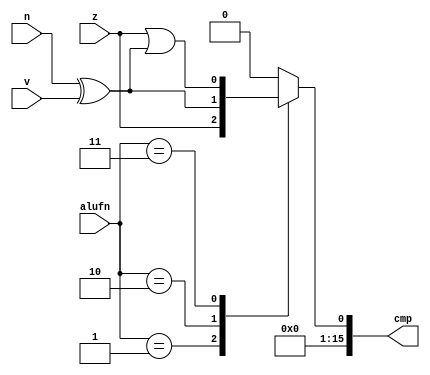
/*
   This file was generated automatically by the Mojo IDE version B1.3.6.
   Do not edit this file directly. Instead edit the original Lucid source.
   This is a temporary file and any changes made to it will be destroyed.
*/

module compare_11 (
    input z,
    input v,
    input n,
    input [1:0] alufn,
    output reg [15:0] cmp
  );
  
  
  
  always @* begin
    cmp[1+14-:15] = 15'h0000;
    
    case (alufn)
      2'h1: begin
        cmp[0+0-:1] = z;
      end
      2'h2: begin
        cmp[0+0-:1] = n ^ v;
      end
      2'h3: begin
        cmp[0+0-:1] = z | (n ^ v);
      end
      default: begin
        cmp[0+0-:1] = 1'h0;
      end
    endcase
  end
endmodule